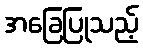
အခြေပြုသည့်